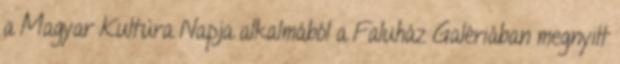
a Magyar Kultúra Napja alkalmából a Faluház Galériában megnyilt